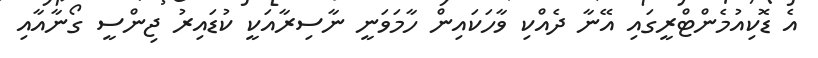
އެ ޑޮކިއުމެންޓްރީގައި އޭނާ ދެއްކި ވާހަކައިން ހާމަވަނީ ނާސިރާއަކީ ކުޑައިރު ޖިންސީ ގޯނާއާއި